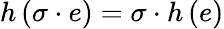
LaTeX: h\left(\sigma\cdot e\right)=\sigma\cdot h\left(e\right)